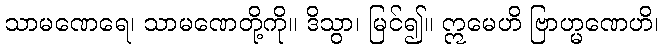
သာမဏေရေ၊ သာမဏေတို့ကို။ ဒိသွာ၊ မြင်၍။ ဣမေဟိ ဗြာဟ္မဏေဟိ၊